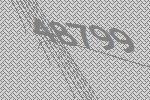
48799